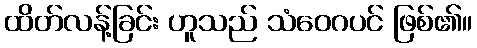
ထိတ်လန့်ခြင်း ဟူသည် သံဝေဂပင် ဖြစ်၏။